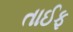
તાઈફ